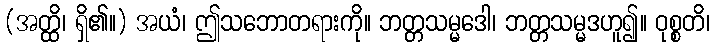
(အတ္ထိ၊ ရှိ၏။) အယံ၊ ဤသဘောတရားကို။ ဘတ္တသမ္မဒေါ၊ ဘတ္တသမ္မဒဟူ၍။ ဝုစ္စတိ၊